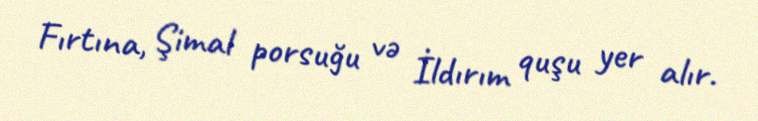
Fırtına, Şimal porsuğu və İldırım quşu yer alır.